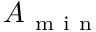
A _ { \mathrm { ~ m ~ i ~ n ~ } }